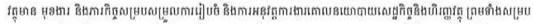
វត្ថុមាន មុខងារ និងភារកិច្ចសម្របសម្រួលការរៀបចំ និងការអនុវត្តការងារគោលនយោបាយសេដ្ឋកិច្ចនិងហិរញ្ញវត្ថុ ព្រមទាំងសម្រប